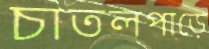
চাতলপাড়ে